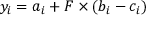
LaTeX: y _ { i } = a _ { i } + F \times ( b _ { i } - c _ { i } )